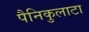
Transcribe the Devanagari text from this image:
पैनिकुलाटा